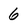
Character: 6